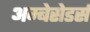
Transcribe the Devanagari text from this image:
अम्बेसेडर्स